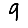
Digit: 9